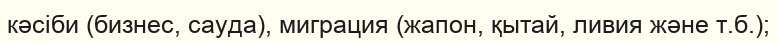
кәсіби (бизнес, сауда), миграция (жапон, қытай, ливия және т.б.);